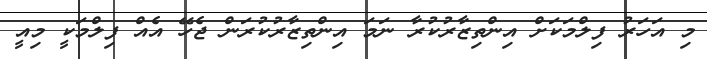
މި އަހަރު ފިލްމަކަށް އިންތިޒާރުކުރާ ނަމަ އިންތިޒާރުކުރަން ޖެހޭ އެއް ފިލްމަކީ މިއީ